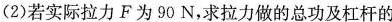
(2)若实际拉力F为90N，求拉力做的总功及杠杆的